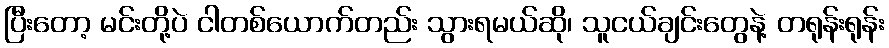
ပြီးတော့ မင်းတို့ပဲ ငါတစ်ယောက်တည်း သွားရမယ်ဆို၊ သူငယ်ချင်းတွေနဲ့ တရုန်းရုန်း